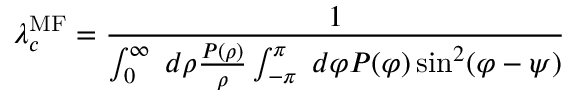
\lambda _ { c } ^ { \mathrm { M F } } = \frac { 1 } { \int _ { 0 } ^ { \infty } \; d \rho \frac { P ( \rho ) } { \rho } \int _ { - \pi } ^ { \pi } \; d \varphi P ( \varphi ) \sin ^ { 2 } ( \varphi - \psi ) }